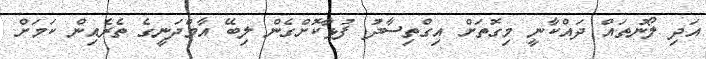
އަދި ލޯނުތައް ދައްކާނީ މިގޮތަށް އިގްތިސާދު ފުޅާކޮށްގެން ލިބޭ އާމްދަނީގެ ތެރެއިން ކަމަށް